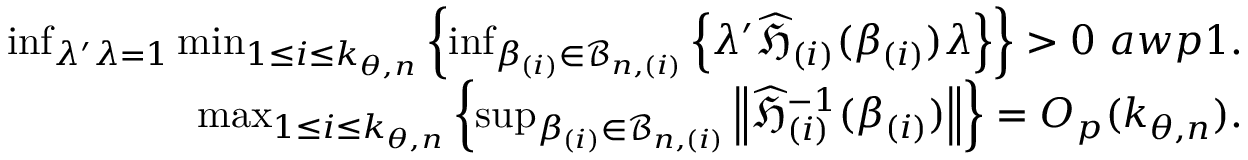
\begin{array} { r l r } & { } & { \operatorname* { i n f } _ { \lambda ^ { \prime } \lambda = 1 } \operatorname* { m i n } _ { 1 \leq i \leq k _ { \theta , n } } \left\{ \operatorname* { i n f } _ { \beta _ { ( i ) } \in \mathcal { B } _ { n , ( i ) } } \left\{ \lambda ^ { \prime } \widehat { \mathfrak { H } } _ { ( i ) } ( \beta _ { ( i ) } ) \lambda \right\} \right\} > 0 \mathrm { ~ } a w p 1 . } \\ & { } & { \operatorname* { m a x } _ { 1 \leq i \leq k _ { \theta , n } } \left\{ \operatorname* { s u p } _ { \beta _ { ( i ) } \in \mathcal { B } _ { n , ( i ) } } \left\Vert \widehat { \mathfrak { H } } _ { ( i ) } ^ { - 1 } ( \beta _ { ( i ) } ) \right\Vert \right\} = O _ { p } ( k _ { \theta , n } ) . } \end{array}